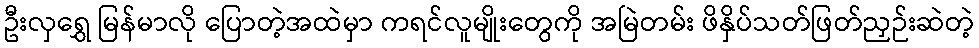
ဦးလှရွှေ မြန်မာလို ပြောတဲ့အထဲမှာ ကရင်လူမျိုးတွေကို အမြဲတမ်း ဖိနှိပ်သတ်ဖြတ်ညှဉ်းဆဲတဲ့